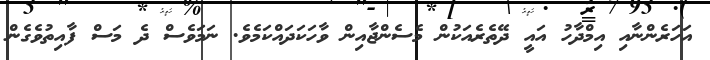
އަހަރެންނާއި އިމްދާހު އައީ ދޭތެރެއަކުން މެސެންޖާއިން ވާހަކަދައްކަމެވެ. ނަމަވެސް ދެ މަސް ފާއިތުވެގެން